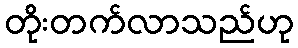
တိုးတက်လာသည်ဟု